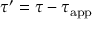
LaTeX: { \boldsymbol { \tau } } ^ { \prime } = { \boldsymbol { \tau } } - { \boldsymbol { \tau } } _ { \mathrm { a p p } }